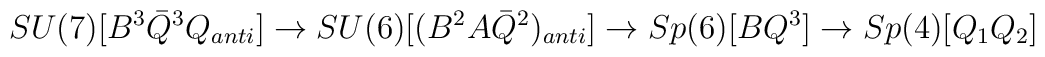
SU(7) [B^{3}{\bar Q}^{3}Q_{anti} ] \rightarrow SU(6) [(B^{2}A{\bar Q}^{2})_{anti} ] \rightarrow Sp(6)[BQ^{3}] \rightarrow Sp(4) [Q_{1}Q_{2}]